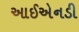
આઈએનડી